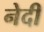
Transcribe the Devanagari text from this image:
नेदी